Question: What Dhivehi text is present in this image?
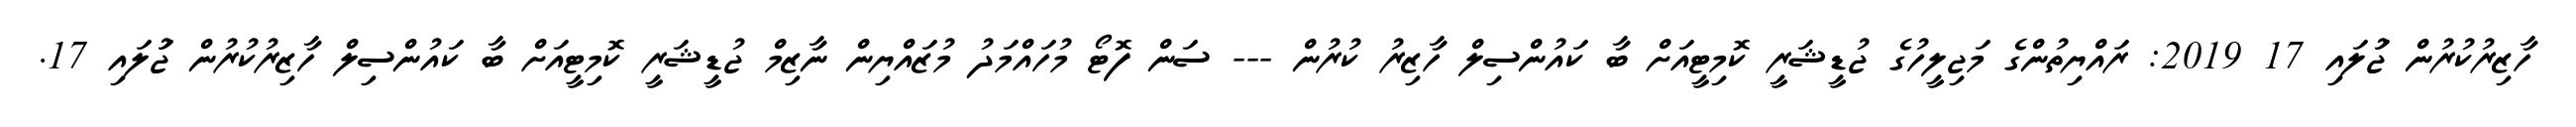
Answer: ހާޒިރުކުރުން ޖުަލައި 17 2019: ރައްޔިތުންގެ މަޖިލީހުގެ ޖުޑީޝަރީ ކޮމިޓީއަށް ބާ ކައުންސިލް ހާޒިރު ކުރުން --- ސަން ފޮޓޯ މުހައްމަދު މުޒައްޔިން ނާޒިމް ޖުޑީޝަރީ ކޮމިޓީއަށް ބާ ކައުންސިލް ހާޒިރުކުރުން ޖުަލައި 17.